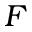
F